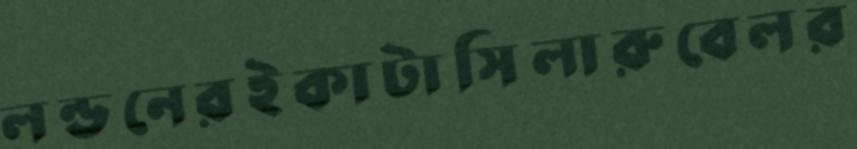
লন্ডনেরইকাটাসিলারুবেলর